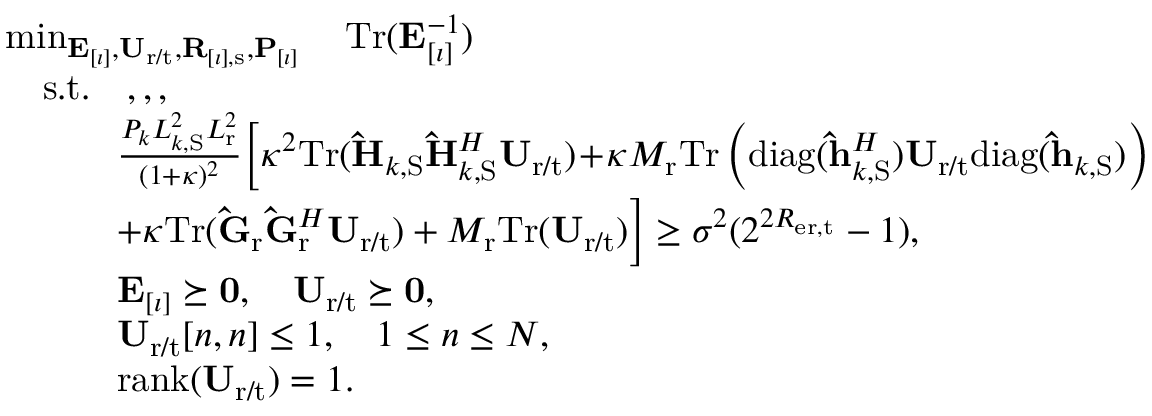
\begin{array} { r l } & { \operatorname* { m i n } _ { \mathbf { E } _ { [ \imath ] } , \mathbf { U } _ { \mathrm { r } / \mathrm { t } } , \mathbf { R } _ { [ \imath ] , \mathrm { s } } , \mathbf { P } _ { [ \imath ] } } \quad \mathrm { T r } ( \mathbf { E } _ { [ \imath ] } ^ { - 1 } ) } \\ & { \quad \mathrm { s . t . } \quad , , , } \\ & { \quad \quad \quad \frac { P _ { k } L _ { k , \mathrm { S } } ^ { 2 } L _ { \mathrm { r } } ^ { 2 } } { ( 1 + \kappa ) ^ { 2 } } \bigg [ \kappa ^ { 2 } \mathrm { T r } ( \mathbf { \hat { H } } _ { k , \mathrm { S } } \mathbf { \hat { H } } _ { k , \mathrm { S } } ^ { H } \mathbf { U } _ { \mathrm { r } / \mathrm { t } } ) \! + \! \kappa M _ { \mathrm { r } } \mathrm { T r } \left( \mathrm { d i a g } ( \mathbf { \hat { h } } _ { k , \mathrm { S } } ^ { H } ) \mathbf { U } _ { \mathrm { r } / \mathrm { t } } \mathrm { d i a g } ( \mathbf { \hat { h } } _ { k , \mathrm { S } } ) \right) } \\ & { \quad \quad \quad + \kappa \mathrm { T r } ( \mathbf { \hat { G } } _ { \mathrm { r } } \mathbf { \hat { G } } _ { \mathrm { r } } ^ { H } \mathbf { U } _ { \mathrm { r } / \mathrm { t } } ) + M _ { \mathrm { r } } \mathrm { T r } ( \mathbf { U } _ { \mathrm { r } / \mathrm { t } } ) \bigg ] \geq \sigma ^ { 2 } ( 2 ^ { 2 R _ { \mathrm { e r } , \mathrm { t } } } - 1 ) , } \\ & { \quad \quad \quad \mathbf { E } _ { [ \imath ] } \succeq \mathbf { 0 } , \quad \mathbf { U } _ { \mathrm { r } / \mathrm { t } } \succeq \mathbf { 0 } , } \\ & { \quad \quad \quad \mathbf { U } _ { \mathrm { r } / \mathrm { t } } [ n , n ] \leq 1 , \quad 1 \leq n \leq N , } \\ & { \quad \quad \quad \mathrm { r a n k } ( \mathbf { U } _ { \mathrm { r } / \mathrm { t } } ) = 1 . } \end{array}